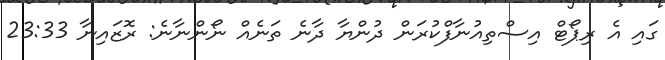
ގައި އެ ރިޕޯޓް އިސްތިއުނާފްކުރަން ދުންޔާ ދާނެ ތަނެއް ނޯންނާނެ: ރޮޒައިނާ 23:33